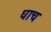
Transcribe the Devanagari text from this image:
धाच